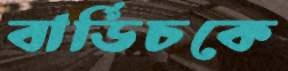
বার্ডিচকে